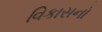
વિકાસનો